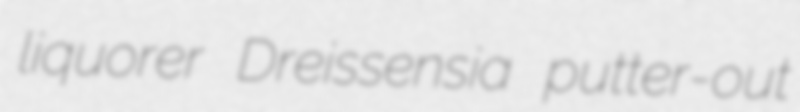
liquorer Dreissensia putter-out